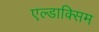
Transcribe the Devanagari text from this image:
एल्डाक्सिम